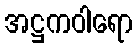
အဋ္ဌကဝါရော